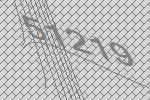
51219